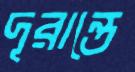
দূরান্তে